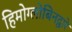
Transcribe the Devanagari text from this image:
हिमोग्लोबिनद्वारे